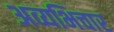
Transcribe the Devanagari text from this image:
अव्यभिचार